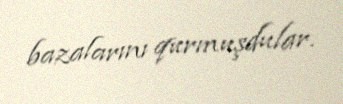
bazalarını qurmuşdular.